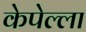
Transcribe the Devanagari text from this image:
केपेल्ला